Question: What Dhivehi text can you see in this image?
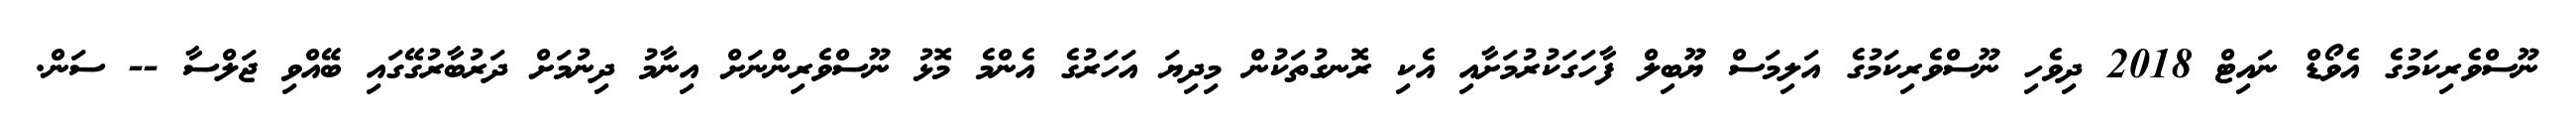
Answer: ނޫސްވެރިކަމުގެ އެވޯޑް ނައިޓް 2018 ދިވެހި ނޫސްވެރިކަމުގެ އަލިމަސް ޔޫބިލް ފާހަގަކުރުމަށާއި އެކި ރޮނގުތަކުން މިދިޔަ އަހަރުގެ އެންމެ މޮޅު ނޫސްވެރިންނަށް އިނާމު ދިނުމަށް ދަރުބާރުގޭގައި ބޭއްވި ޖަލްސާ -- ސަން.